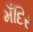
મઁદિર